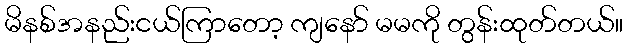
မိနစ်အနည်းငယ်ကြာတော့ ကျနော် မမကို တွန်းထုတ်တယ်။